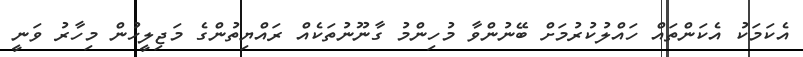
އެކަމަކު އެކަންތައް ހައްލުކުރުމަށް ބޭނުންވާ މުހިންމު ގާނޫނުތަކެއް ރައްޔިތުންގެ މަޖިލީހުން މިހާރު ވަނީ